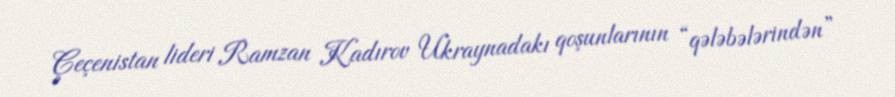
Çeçenistan lideri Ramzan Kadırov Ukraynadakı qoşunlarının “qələbələrindən”